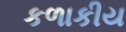
કળાકીય